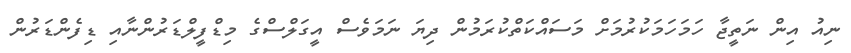
ނިއު އިން ނަތީޖާ ހަމަހަމަކުރުމަށް މަސައްކަތްކުރަމުން ދިޔަ ނަމަވެސް އީގަލްސްގެ މިޑްފީލްޑަރުންނާއި ޑިފެންޑަރުން